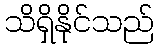
သိရှိနိုင်သည်